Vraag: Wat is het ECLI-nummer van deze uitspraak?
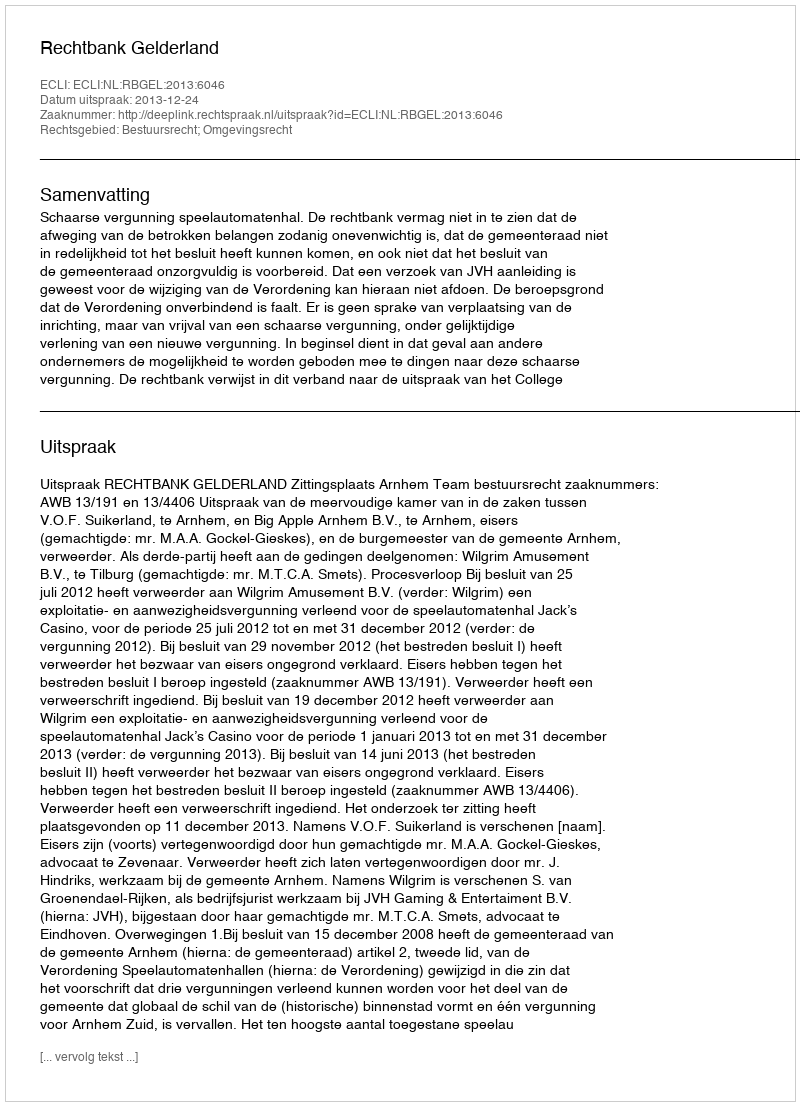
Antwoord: ECLI:NL:RBGEL:2013:6046